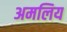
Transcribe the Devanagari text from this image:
अमलिय